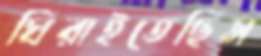
ঘিরাইতেছিস